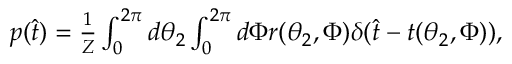
\begin{array} { r } { p ( \hat { t } ) = \frac { 1 } { Z } \int _ { 0 } ^ { 2 \pi } d \theta _ { 2 } \int _ { 0 } ^ { 2 \pi } d \Phi r ( \theta _ { 2 } , \Phi ) \delta ( \hat { t } - t ( \theta _ { 2 } , \Phi ) ) , } \end{array}